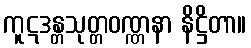
ကူဋဒန္တသုတ္တဝဏ္ဏနာ နိဋ္ဌိတာ။